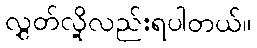
လွှတ်လို့လည်းရပါတယ်။